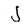
Character: J